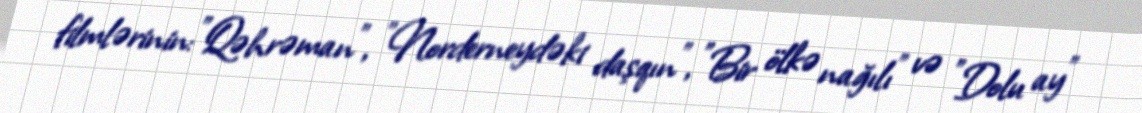
filmlərinin:"Qəhrəman", "Norderneydəki daşqın", "Bir ölkə nağılı" və "Dolu ay"